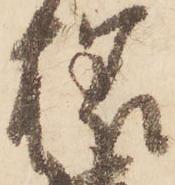
様